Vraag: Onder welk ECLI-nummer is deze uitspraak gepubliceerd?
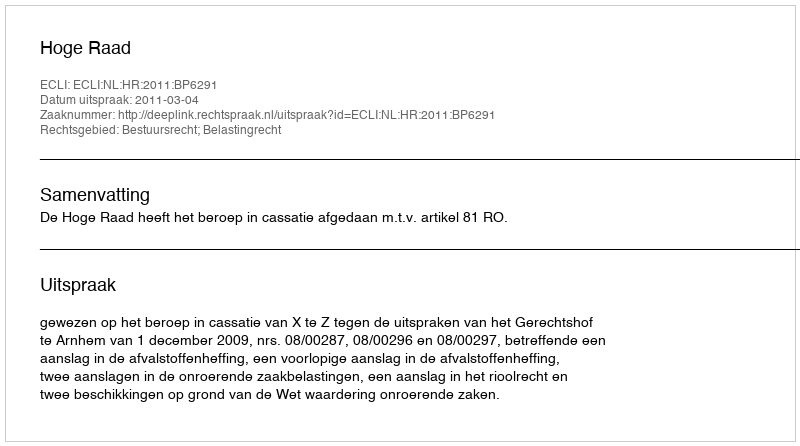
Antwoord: ECLI:NL:HR:2011:BP6291